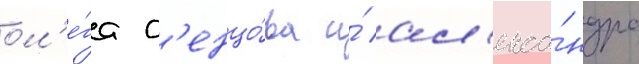
ол'е́га с'енцо́ва и́ ал'екса́ндра